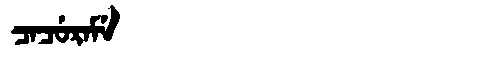
Manchu: ᠴᠠᠴᡠᡵᠠᠮᡝ
Romanization: CACURAME